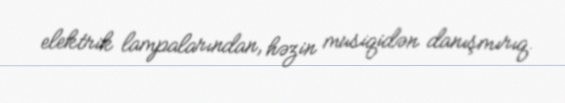
elektrik lampalarından, həzin musiqidən danışmırıq.